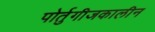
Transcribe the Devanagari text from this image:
पोर्तुगीजकालीन